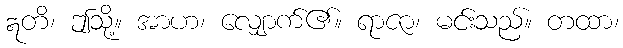
ဣတိ၊ ဤသို့။ အာဟ၊ လျှောက်၏။ ရာဇာ၊ မင်းသည်။ တထာ၊